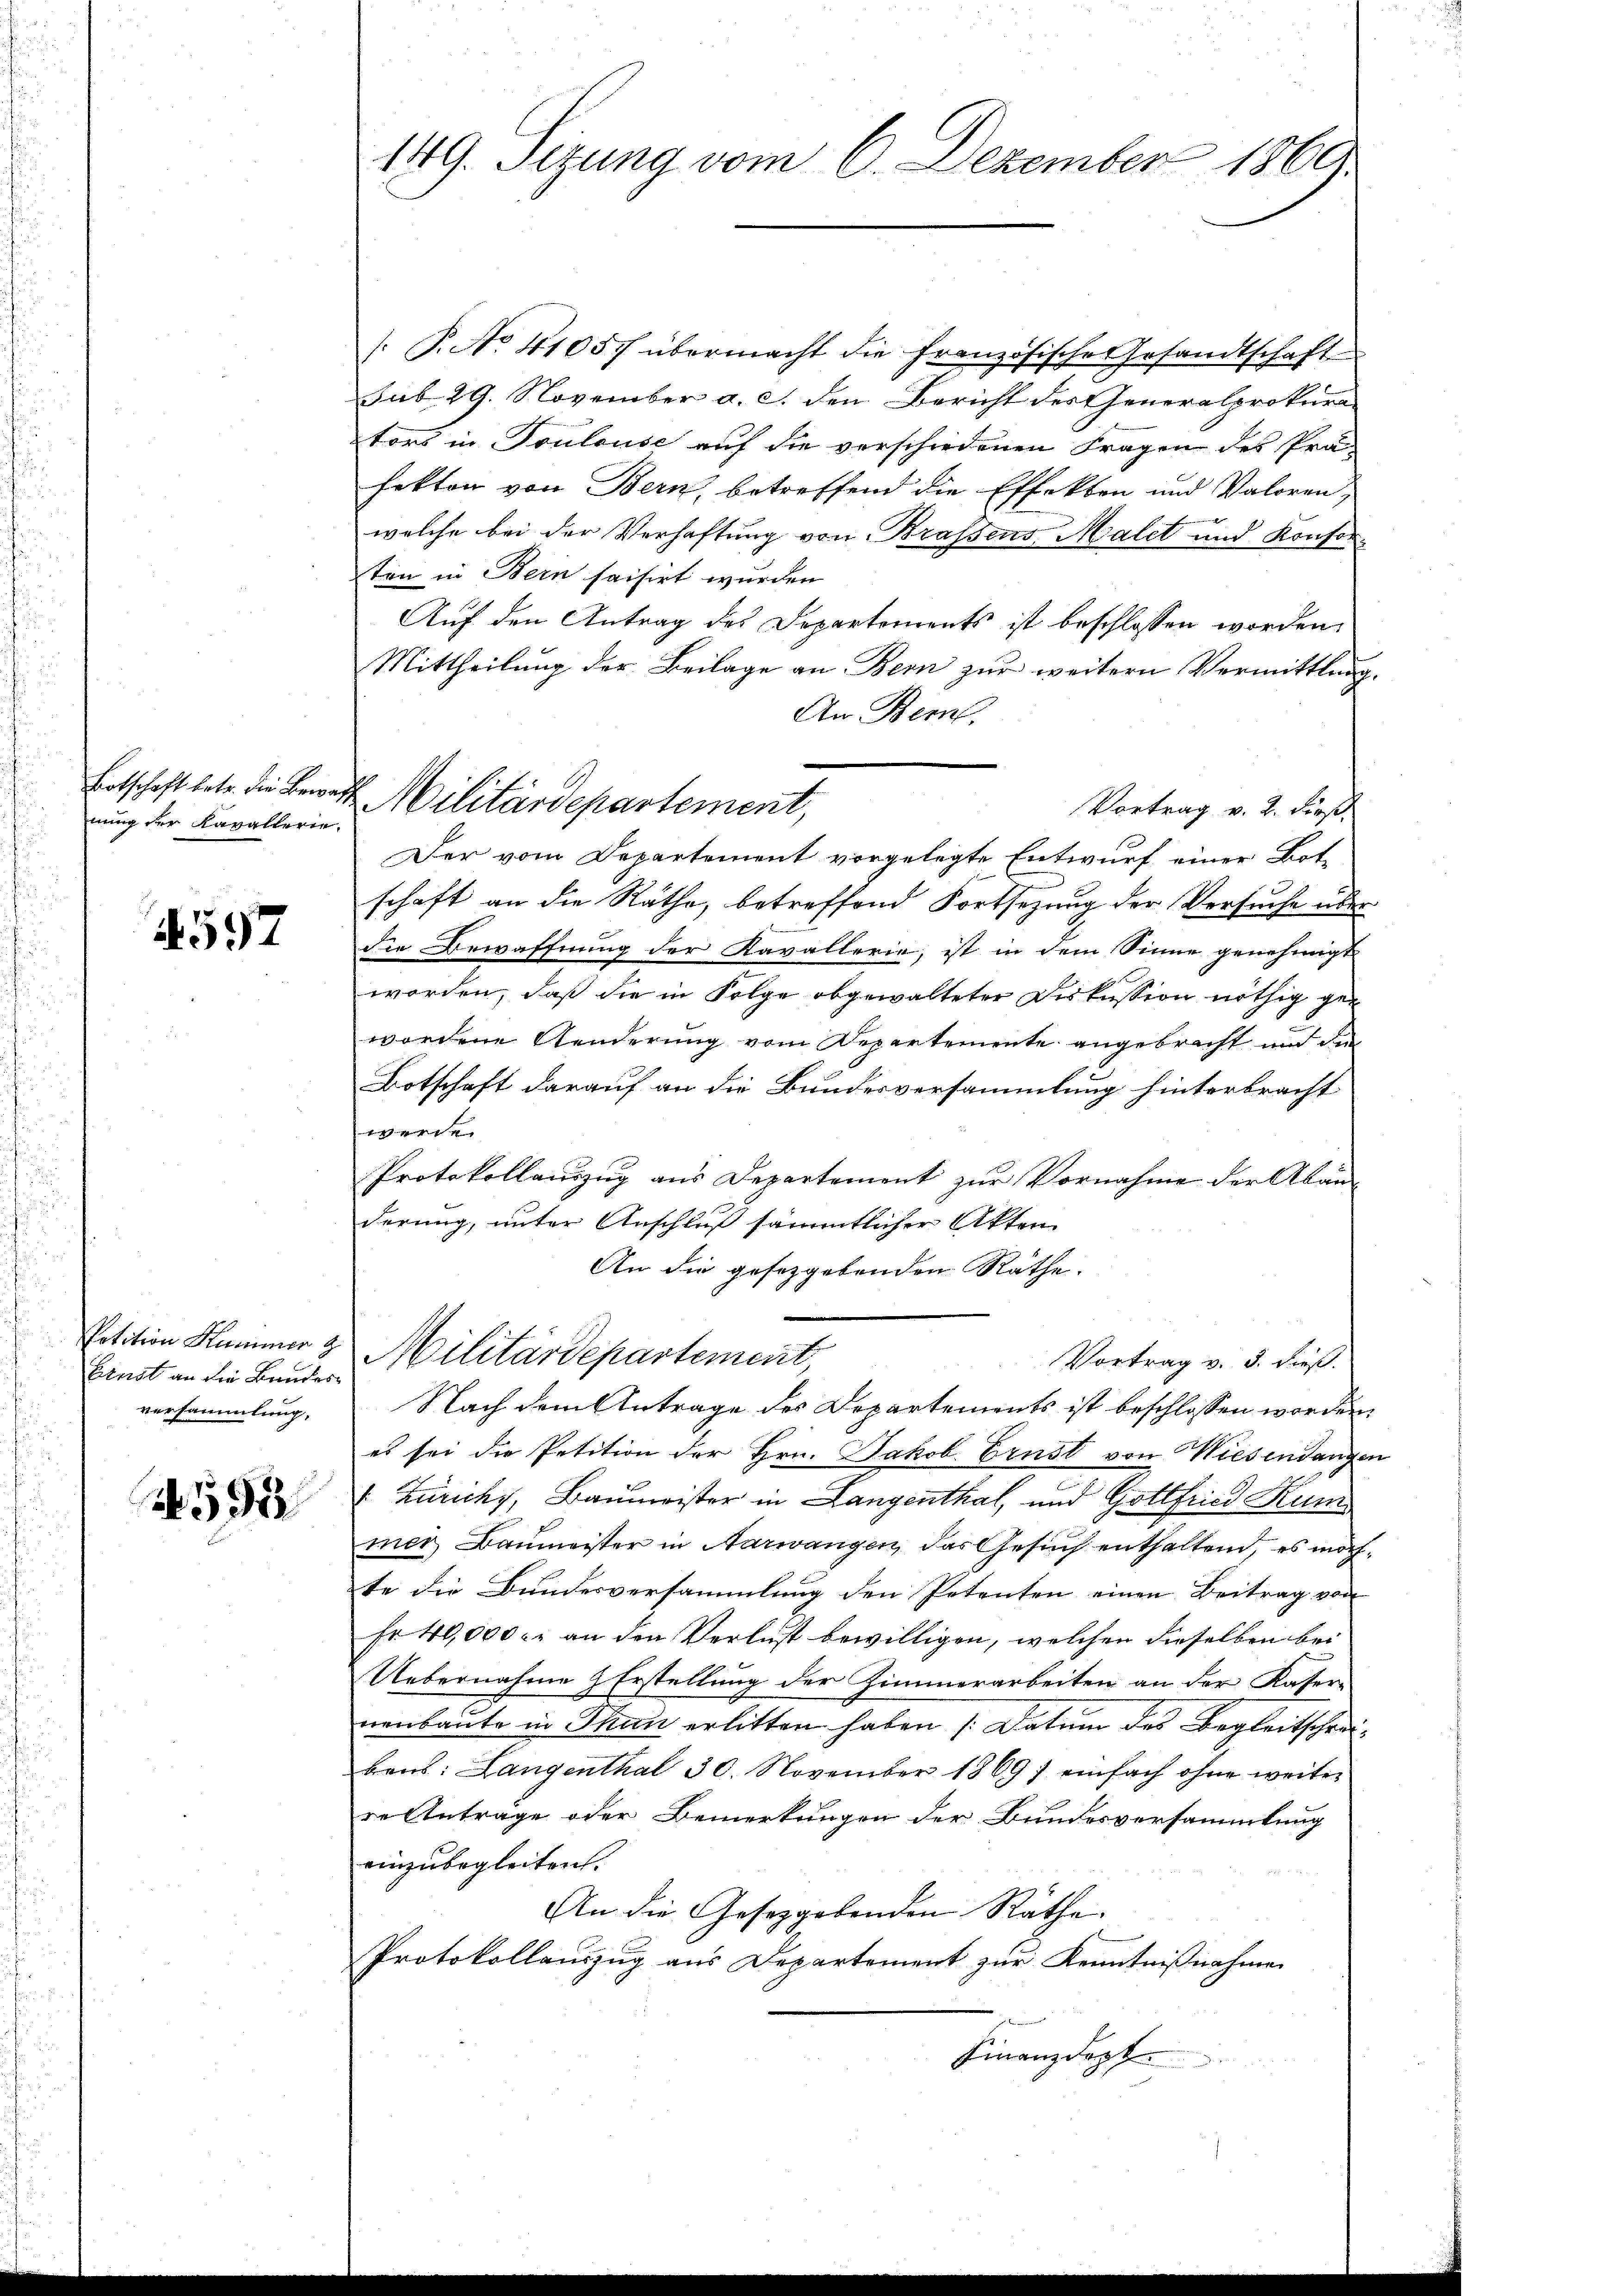
nung der Kavallerie.

557

Potition Kummer z
Einst an die Bundesversammlung.

295

149. Sitzung vom 6. Dezember 1860

/: P. No. 41057 übermacht die französische Gesandtschaft
sub 29. November a. c. den Bericht des Generalprokurators in Toulouse auf die verschiedenen Fragen des Präfekten von Bern, betreffend die Effekten und Valoren,
welche bei der Verhaftung von Braßens Malet und Konsorten in Bern saisirt wurden
Auf den Antrag des Departements ist beschlossen worden.
Mittheilung der Beilage an Bern zur weitern Vermittlung.
An Bem
Vortrag v. 2. First
Der vom Departement vorgelegte Entwurf einer Bot-
schaft an die Räthe, betreffend Fortsezung der Versuche überdie Bewaffnung der Kavallerie, ist in dem Sinne genehmigt
worden, daß die in Folge abgewalteter Diskussion nöthig gewordene Aenderung vom Departemente angebracht und die
Botschaft darauf an die Bundesversammlung hinterbracht
werden
Protokollauszug aus Departement zur Vornahme der Abänderung, unter Anschluß sämmtlicher Akten
An die gesetzgebenden Räthe.
Militärdepartement,
Vortrag v. 5. dieß.
Nach dem Antrage des Departements ist beschlossen worden,
es sei die Petition der Hrn. Jakob Ernst von Wiesendangen
 Zürichy, Baumeister in Langenthal, und Gottfried Kun
mer Baumeister in Aarwangen, das Gesuch enthaltend, es möchte die Bundesversammlung den Petenten einen Beitrag von
Fr. 40,000. an den Verlust bewilligen, welchen dieselben bei
Uebernahme & Erstellung der Zimmerarbeiten an der Kaser-
nenbaute in Thun erlitten haben (Datum des Begleitschreibens: Langenthal 30. November 1869; einfach ohne weiter
re Anträge oder Bemerkungen der Bundesversammlung
einzubegleiten.
An die Gesetzgebenden Räthe
Protokollauszug aus Departement zur Kenntnißnahmen
Finanzdept

Botschaft betr. die Bewert Militärdepartement,